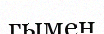
гымен